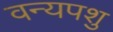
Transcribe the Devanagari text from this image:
वन्यपशु